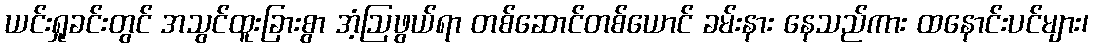
ယင်းရှုခင်းတွင် အသွင်ထူးခြားစွာ အံ့ဩဖွယ်ရာ တစ်ဆောင်တစ်ယောင် ခမ်းနား နေသည်ကား ထနောင်းပင်များ၊